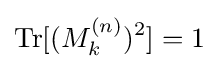
{\rm {Tr}}[(M_{k}^{(n)})^{2}]=1